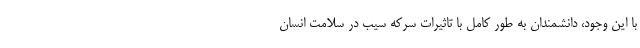
با این وجود، دانشمندان به طور کامل با تاثیرات سرکه سیب در سلامت انسان